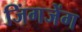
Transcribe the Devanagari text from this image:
जिंगजेंग